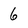
Character: 6